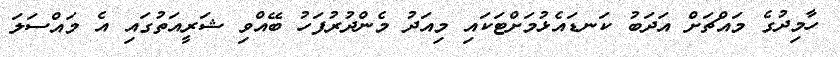
ހާމިދުގެ މައްޗަށް އަދަބު ކަނޑައެޅުމަށްޓަކައި މިއަދު މެންދުރުފަހު ބޭއްވި ޝަރީއަތުގައި އެ މައްސަލަ